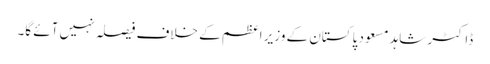
ڈاکٹر شاہد مسعود پاکستان کے وزیر اعظم کے خلاف فیصلہ نہیں آئے گا۔